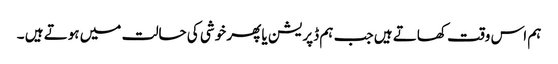
ہم اس وقت کھاتے ہیں جب ہم ڈپریشن یا پھر خوشی کی حالت میں ہوتے ہیں ۔